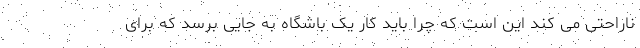
ناراحتی می کند این است که چرا باید کار یک باشگاه به جایی برسد که برای